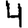
Digit: 4